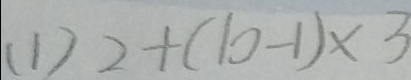
( 1 ) 2 + ( 1 0 - 1 ) \times 3